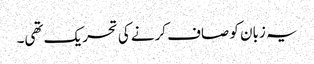
یہ زبان کو صاف کرنے کی تحریک تھی۔